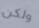
ولكن